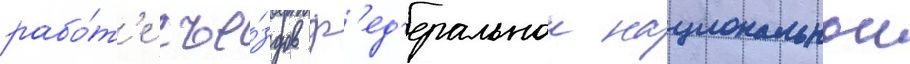
рабо́т'е съе́здов ф'ед'еральнои национальнои